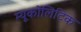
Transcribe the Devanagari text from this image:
म्यूकोलिटिक